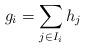
LaTeX: \begin{align*}g_i = \sum_{j \in I_i} h_j\end{align*}